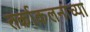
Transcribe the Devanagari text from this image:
तर्काकलनाच्या